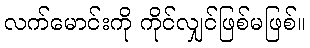
လက်မောင်းကို ကိုင်လျှင်ဖြစ်မဖြစ်။